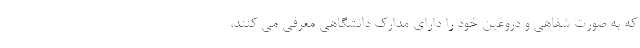
که به صورت شفاهی و دروغین خود را دارای مدارک دانشگاهی معرفی می کنند،